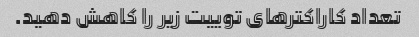
تعداد کاراکترهای توییت زیر را کاهش دهید.